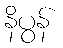
နိပွန်